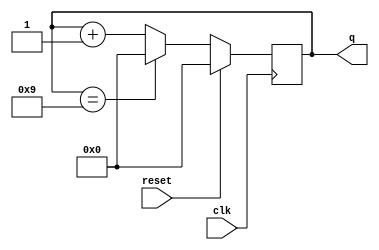
module top_module (
    input clk,
    input reset,        // Synchronous active-high reset
    output [3:0] q);

    always @(posedge clk) begin
        if (reset) q <= 4'b0;
        else if (q == 9) q <= 4'b0;
        else q <= q + 1'b1;
    end
endmodule